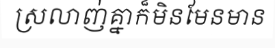
ស្រលាញ់គ្នាក៏មិនមែនមាន